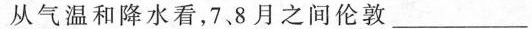
从气温和降水看，7、8月之间伦敦____